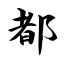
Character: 都